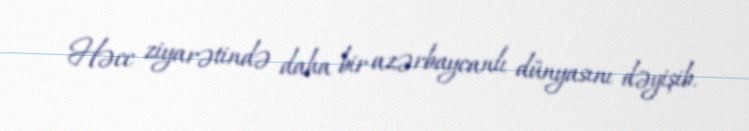
Həcc ziyarətində daha bir azərbaycanlı dünyasını dəyişib.